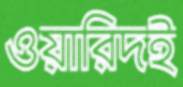
ওয়ারিদই